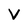
Character: V